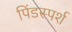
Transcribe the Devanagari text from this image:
पिंडस्पर्श